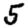
Digit: 5